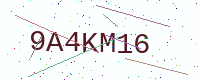
Text: 9A4KM16